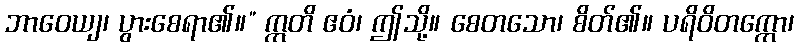
ဘာဝေယျ၊ ပွားစေရာ၏။” ဣတိ ဧဝံ၊ ဤသို့။ စေတသော၊ စိတ်၏။ ပရိဝိတက္ကော၊